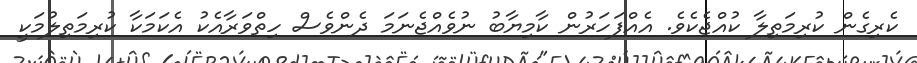
ކެރިގެން ކުރިމަތިލާ ކުއްޖެކެވެ. އެއްފަހަރުން ކާމިޔާބު ނުވެއްޖެނަމަ ދެންވެސް ހިތްވަރާއެކު އެކަމަކާ ކުރިމަތިލުމަކީ